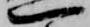
一